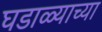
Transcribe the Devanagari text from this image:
घडाळ्याच्या